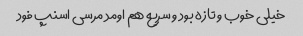
خیلی خوب و تازه بود و سریع هم اومد مرسی اسنپ فود